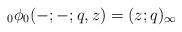
LaTeX: \begin{align*} {}_{0}\phi_{0}(-;-;q,z)=(z;q)_{\infty} \end{align*}